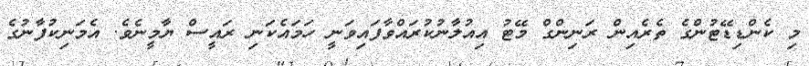
މި ކެންޑިޑޭޓުންގެ ތެރެއިން ރަނިންގް މޭޓު އިއުލާނުކުރައްވާފައިވަނީ ހަމައެކަނި ރައީސް ޔާމީނެވެ. އެމަނިކުފާނުގެ